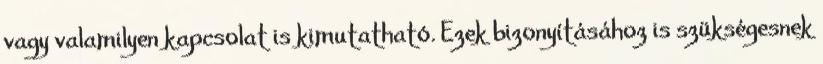
vagy valamilyen kapcsolat is kimutatható. Ezek bizonyításához is szükségesnek